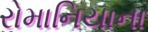
રોમાનિયાના